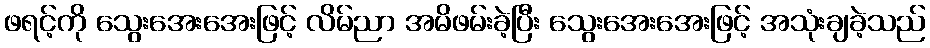
ဖရင့်ကို သွေးအေးအေးဖြင့် လိမ်ညာ အမိဖမ်းခဲ့ပြီး သွေးအေးအေးဖြင့် အသုံးချခဲ့သည်